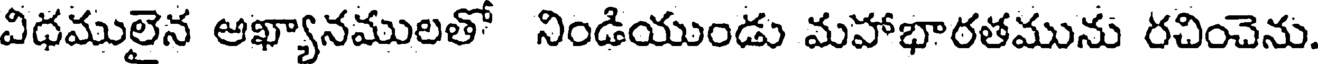
విధములైన అఖ్యానములతో నిండియుండు మహాభారతమును రచించెను